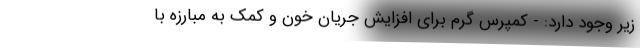
زیر وجود دارد: - کمپرس گرم برای افزایش جریان خون و کمک به مبارزه با